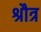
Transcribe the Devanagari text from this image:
श्रौत्र